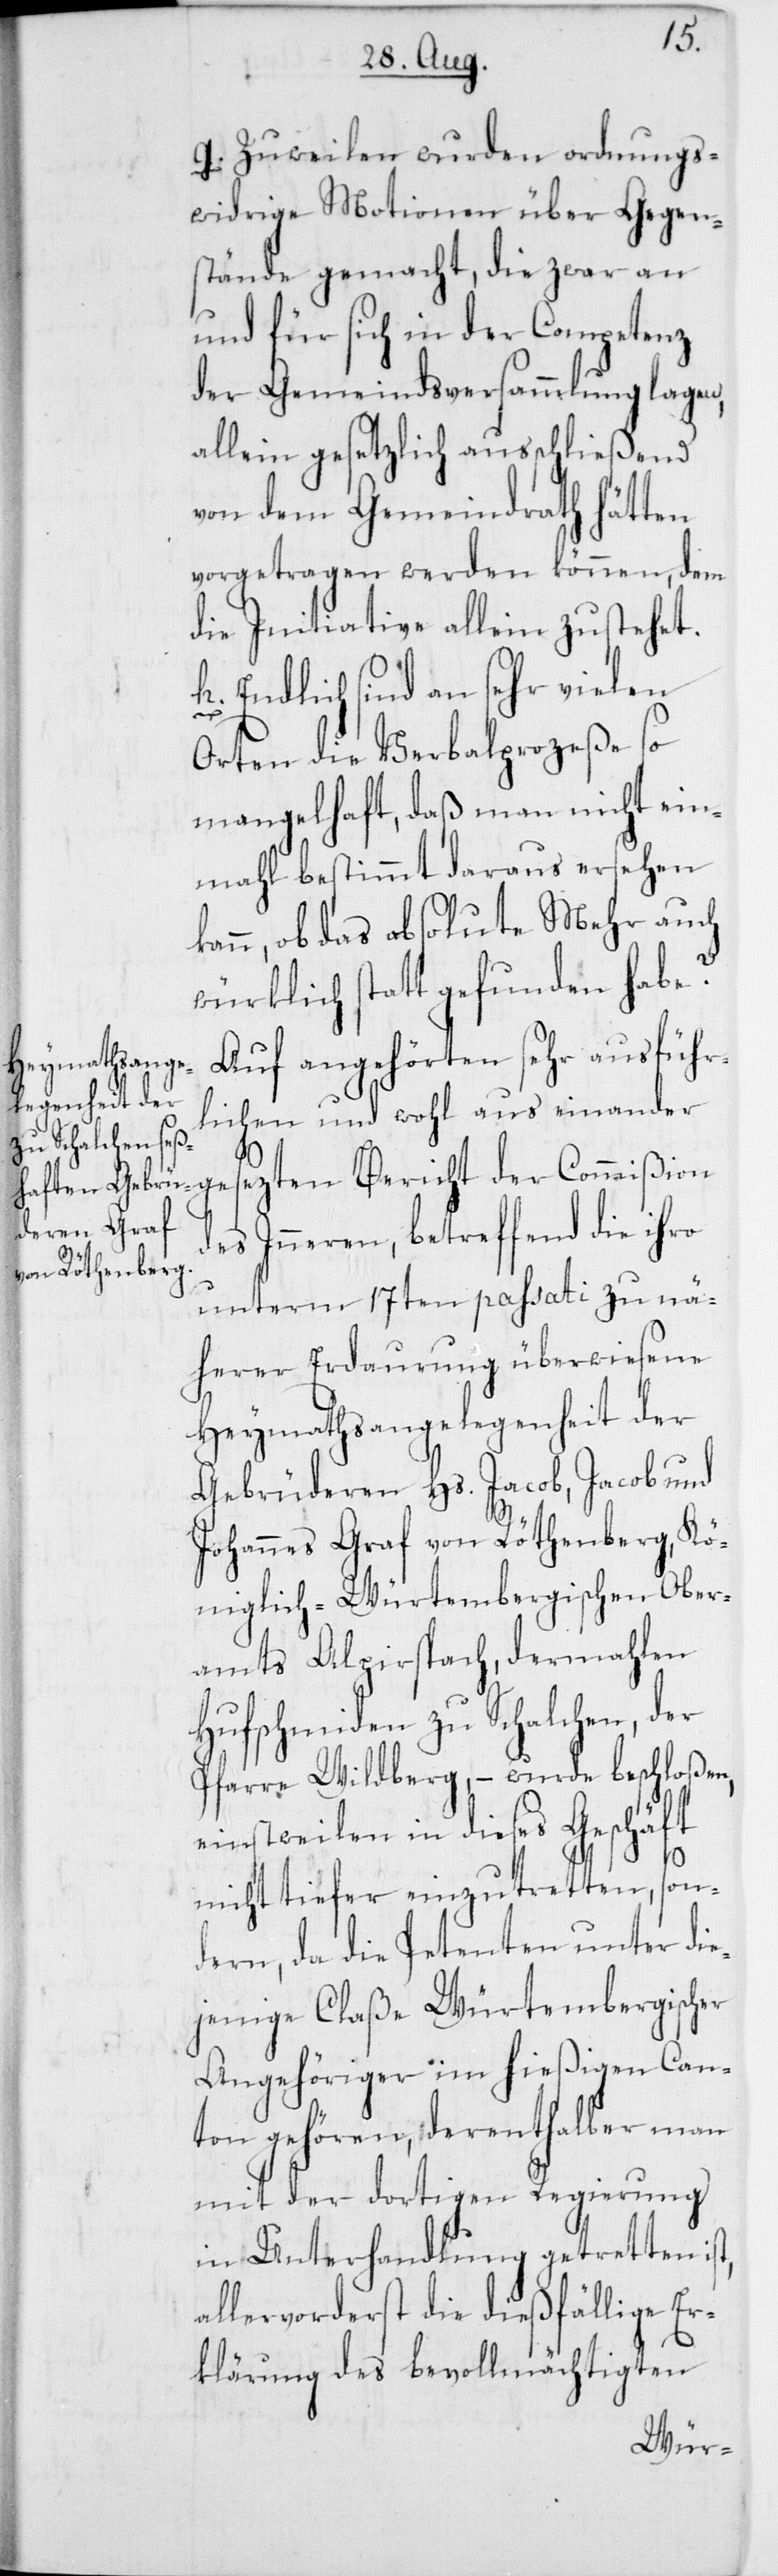
t,
g) Zuweilen wurden ordnungs¬
widrige Motionen über Gegen¬
stände gemacht, die zwar an
und für sich in der Competenz
der Gemeindsversammlung lagen,
allein gesetzlich ausschließend
von dem Gemeindrath hätten
vorgetragen werden können, dem
die Initiative allein zustehet.
h) Endlich sind an sehr vielen
Orten die Verbalprozeße so
mangelhaft, daß man nicht ein¬
mahl bestimmt daraus ersehen
kann, ob das absolute Mehr auch
würklich statt gefunden habe.
Auf angehörten sehr ausführ¬
lichen und wohl aus einander
des Inneren, betreffend die ihro
unterm 17ten passati zu nä¬
herer Erdaurung überwiesene
Heymathsangelegenheit der
Gebrüderen Hs. Jacob, Jacob und
Johannes Graf von Röthenberg, Kö¬
niglich-Würtembergischen Ober¬
amts Alpirspach, dermahlen
Hufschmiden zu Schalchen, der
Pfarre Wildberg, – wurde beschloßen,
einstweilen in dieses Geschäft
nicht tiefer einzutretten, son¬
dern, da die Petenten unter die¬
jenige Claße Würtembergischer
Angehöriger im hießigen Can¬
ton gehören, derenthalber man
mit der dortigen Regierung
in Unterhandlung getretten is¬
allervorderst die dießfällige Er¬
klärung des bevollmächtigten